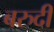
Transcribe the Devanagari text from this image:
बरुदी